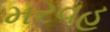
મરવહ